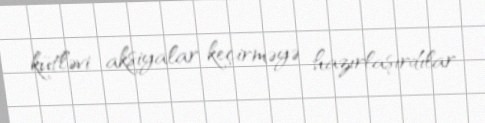
kütləvi aksiyalar keçirməyə hazırlaşırdılar.